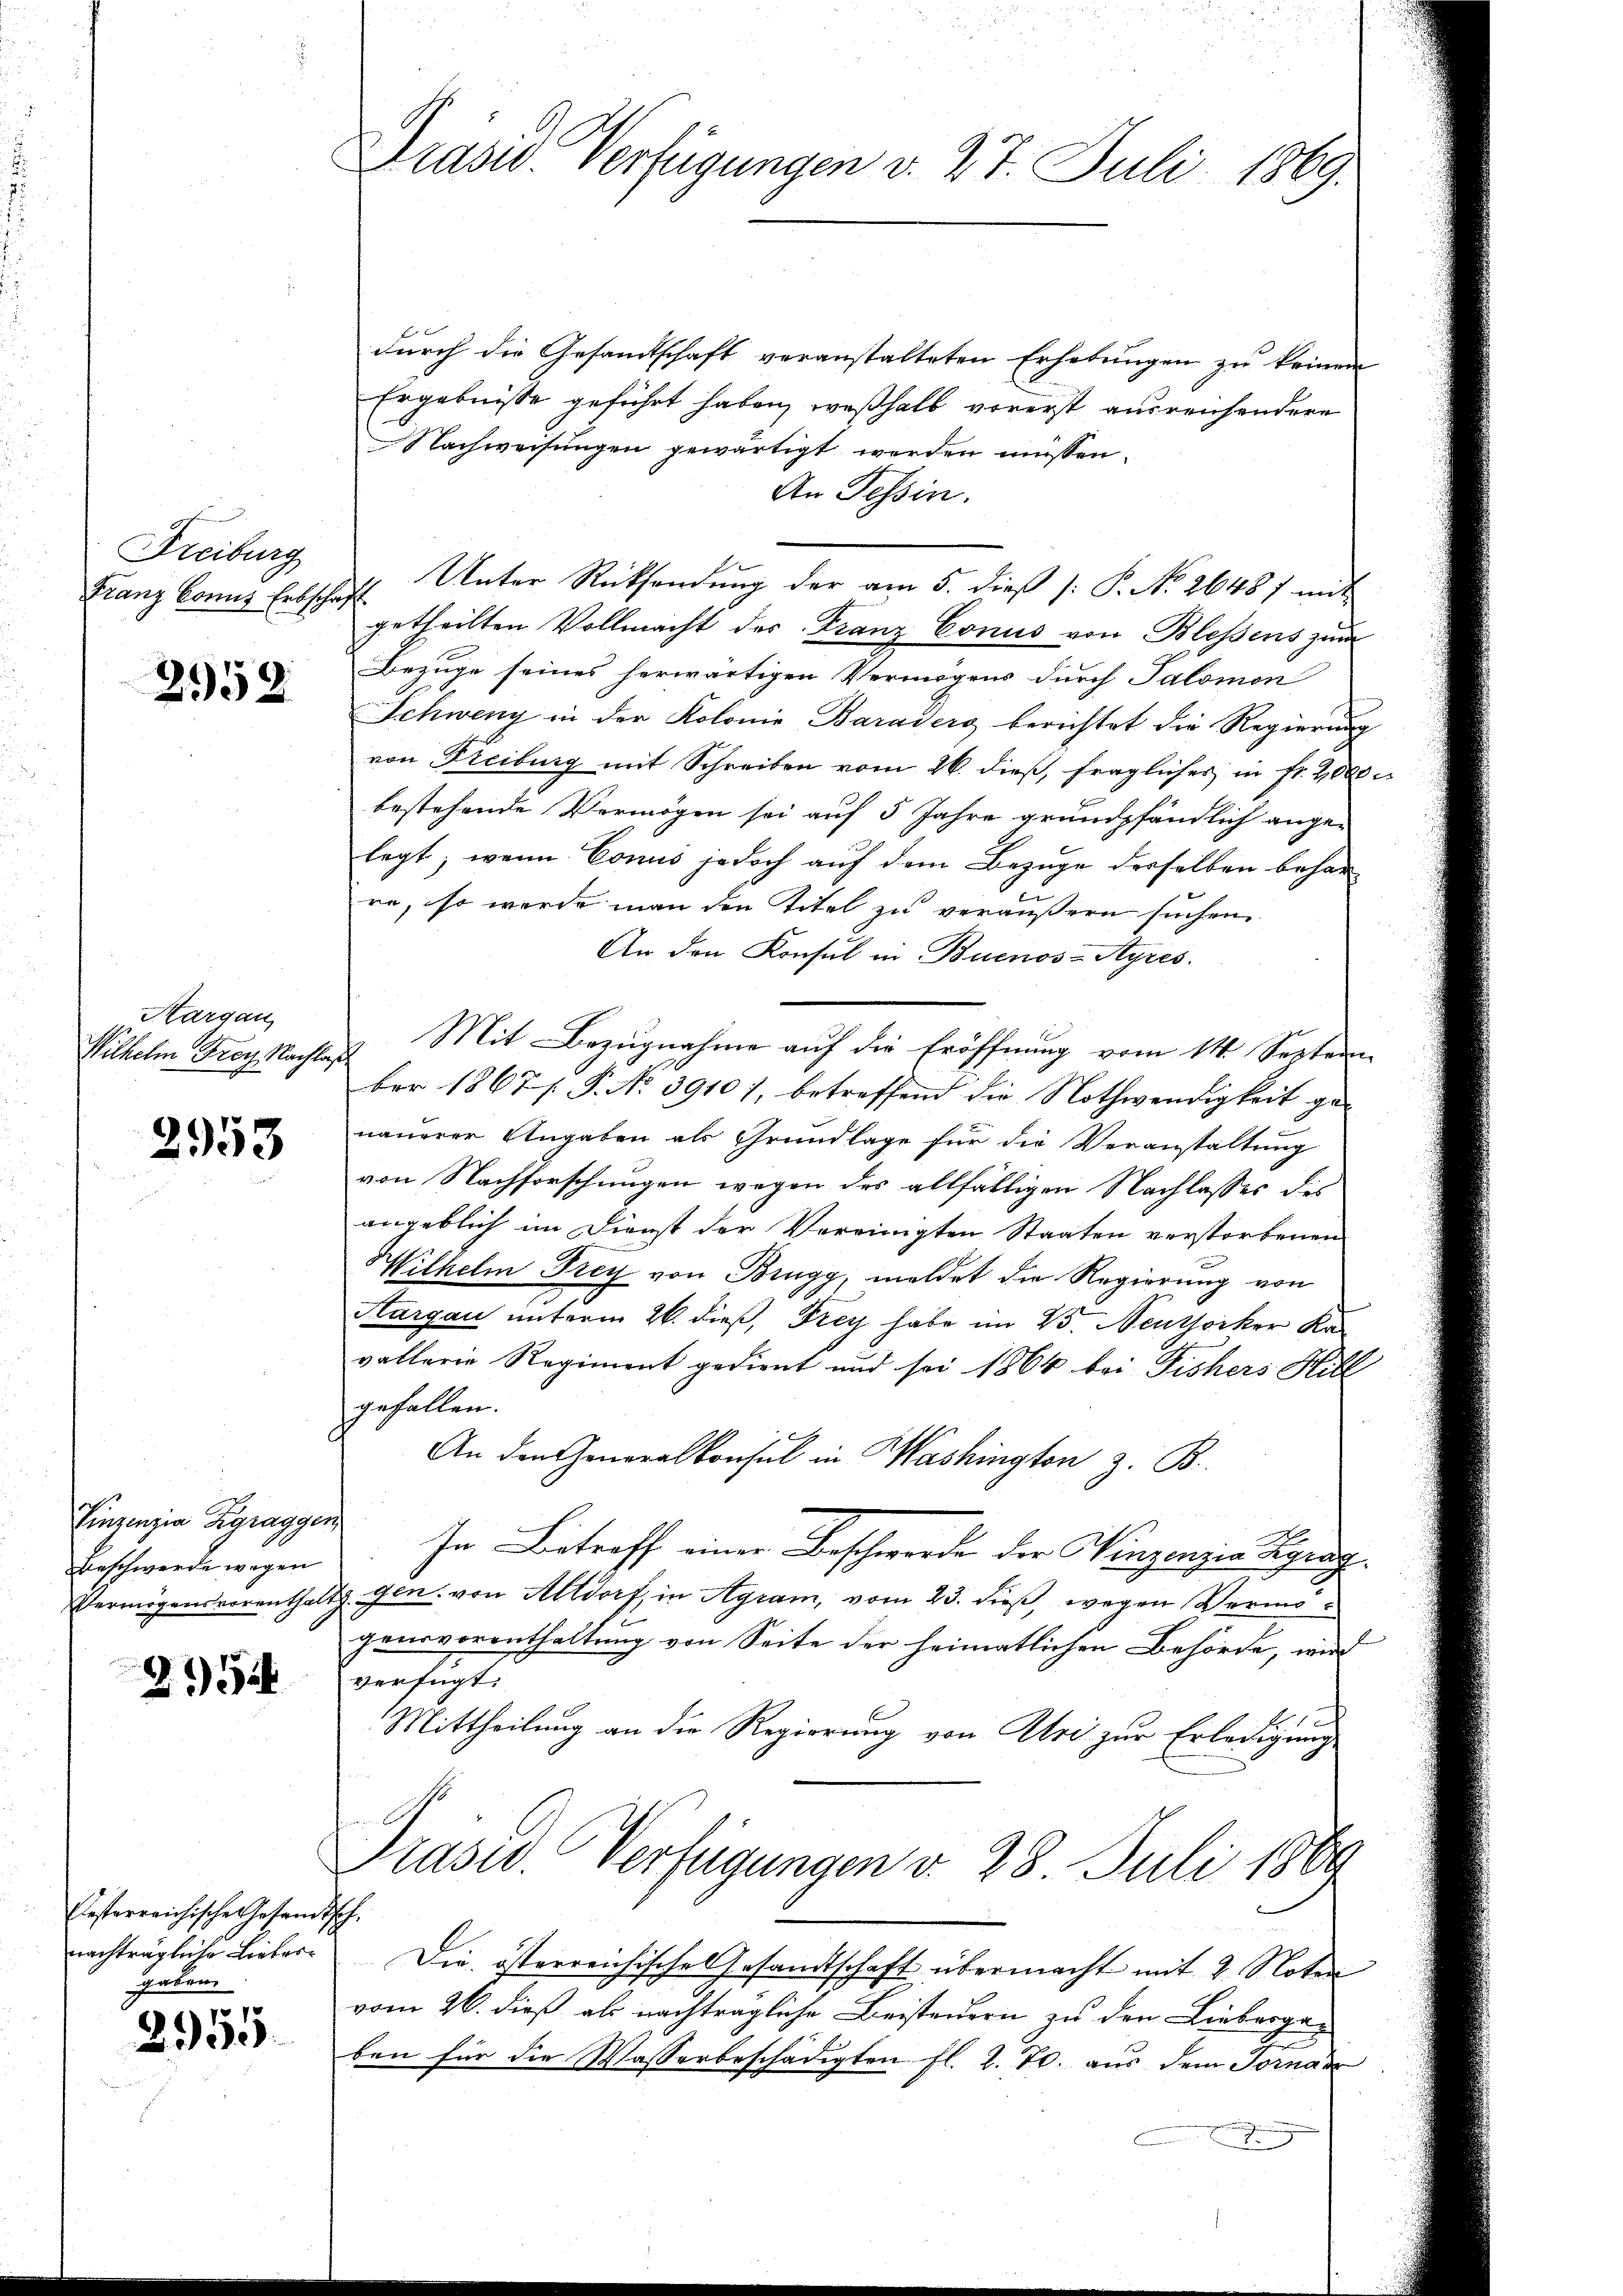
Freiburg
Franz konnt Erbschaft.

2958.

Hargau
Wilhelm Frey, Nachlag

2953

Vinzenzia Zgraggen
Beschwerde wegen
Vermögensvorenthalt

21524

Festerreichisches Gesandtsch.
nachträgliche Liebesgentum

.
2935.

Präsid. Verfügungen v. 27. Juli 1869.

durch die Gesandtschaft veranstalteten Erhebungen zu keinen
Ergebnisse geführt haben, weßhalb vorerst ausreichendere
Nachweisungen gewärtigt werden müssen.
An Tessin.
Unter Rücksendung der am 5. dieß (: P. No. 2648 f mit
getheilten Vollmacht des Franz Conus von Blessens zum
Bezuge seines herwärtigen Vermögens durch Salomon
Schweng in der Kolonie Baraders berichtet die Regierung
von Freiburg mit Schreiben vom 26. dieß, fragliches in fr. 2000.
bestehende Vermögen sei auf 5 Jahre grundpfändlich ange-
legt; wenn Conus jedoch auf dem Bezuge desselben behare
re, so werde man den Titel zu veräußern suchen
An den Konsul in Buenos-Ayres.
Mit Bezugnahme auf die Eröffnung vom 14. Septem
d
ber 1867 s. P. No. 39101, betreffend die Nothwendigkeit ge-
nauerer Angaben als Grundlage für die Veranstaltung
von Nachforschungen wegen des allfälligen Nachlasses des
angeblich im Dienst der Vereinigten Staaten verstorbenen
Wilhelm Frey von Brugg, meldet die Regierung von
Aargau unterm 26. dieß, Frey habe im 25. Neuthocker Ka
vallerie Regiment gedient und sei 1864 bei Fishers Hill
gefallen.
An den Generalkonsul in Washington z. B.
In Betreff einer Beschwerde der Winzenzia Signag
s
gen, von Altdorf, in Agram, vom 23. dieß, wegen Vermögensvorenthaltung von Seite der heimatlichen Behörde, wir
verfügte
Mittheilung an die Regierung von Uri zur Erledigung
Prasis Verfügungen v. 28. Juli 1889
Die österreichische Gesandtschaft übermacht mit 2 Noten
vom 26. dieß als nachträgliche Beisteuern zu den Liebesgaben für die Wasserbeschädigten fl. 2. T. aus dem Fornac
.